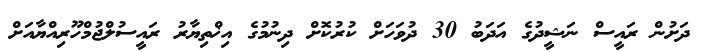
ދަށުން ރައީސް ނަޝީދުގެ އަދަބު 30 ދުވަހަށް ކުރުކޮށް ދިނުމުގެ އިޚްތިޔާރު ރައީސުލްޖުމްހޫރިއްޔާއަށް